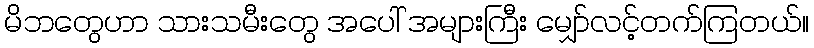
မိဘတွေဟာ သားသမီးတွေ အပေါ် အများကြီး မျှော်လင့်တက်ကြတယ်။